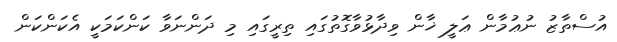
އުސްތާޒު ނުޢުމާން ޢަލީ ޚާން ވިދާޅުވާގޮތުގައި ތިރީގައި މި ދަންނަވާ ކަންކަމަކީ އެކަންކަން